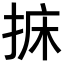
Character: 𢭩